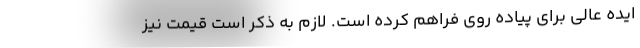
ایده عالی برای پیاده روی فراهم کرده است. لازم به ذکر است قیمت نیز